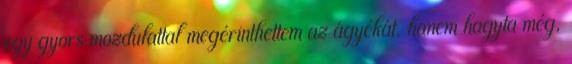
egy gyors mozdulattal megérinthettem az ágyékát, hanem hagyta még,